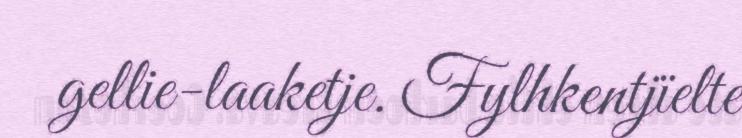
gellie-laaketje. Fylhkentjïelte